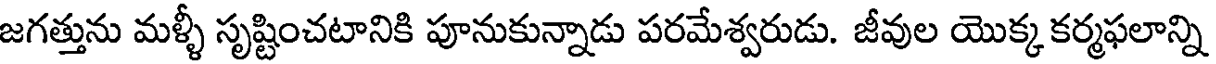
జగత్తును మళ్ళీ సృష్టించటానికి పూనుకున్నాడు పరమేశ్వరుడు. జీవుల యొక్క కర్మఫలాన్ని